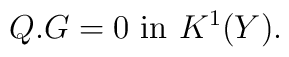
Q.G=0 \,\, {\rm in}\,\, K^1(Y).